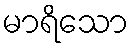
မာရိသော